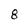
Character: 8